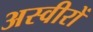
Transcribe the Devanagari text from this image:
अस्वीरों